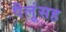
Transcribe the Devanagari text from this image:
पैलूंसह